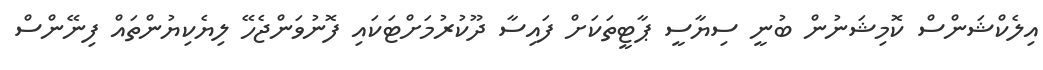
އިލެކްޝަންސް ކޮމިޝަނުން ބުނީ ސިޔާސީ ޕާޓީތަކަށް ފައިސާ ދޫކުރުމަށްޓަކައި ފޮނުވަންޖެހޭ ލިޔެކިޔުންތައް ފިނޭންސް